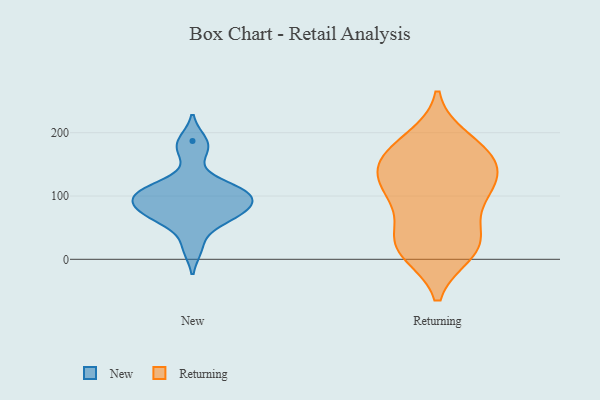
{"axis": {"x": "Market Share (%)", "y": "Value"}, "legend": ["New", "Returning"], "data": [{"x": "", "y": 100, "type": "New"}, {"x": "", "y": 83, "type": "New"}, {"x": "", "y": 187, "type": "New"}, {"x": "", "y": 70, "type": "New"}, {"x": "", "y": 65, "type": "New"}, {"x": "", "y": 18, "type": "New"}, {"x": "", "y": 114, "type": "New"}, {"x": "", "y": 110, "type": "New"}, {"x": "", "y": 64, "type": "New"}, {"x": "", "y": 171, "type": "New"}, {"x": "", "y": 92, "type": "New"}, {"x": "", "y": 112, "type": "New"}, {"x": "", "y": 92, "type": "New"}, {"x": "", "y": 107, "type": "Returning"}, {"x": "", "y": 118, "type": "Returning"}, {"x": "", "y": 21, "type": "Returning"}, {"x": "", "y": 26, "type": "Returning"}, {"x": "", "y": 96, "type": "Returning"}, {"x": "", "y": 20, "type": "Returning"}, {"x": "", "y": 12, "type": "Returning"}, {"x": "", "y": 39, "type": "Returning"}, {"x": "", "y": 188, "type": "Returning"}, {"x": "", "y": 154, "type": "Returning"}, {"x": "", "y": 153, "type": "Returning"}, {"x": "", "y": 103, "type": "Returning"}, {"x": "", "y": 175, "type": "Returning"}, {"x": "", "y": 137, "type": "Returning"}, {"x": "", "y": 164, "type": "Returning"}]}